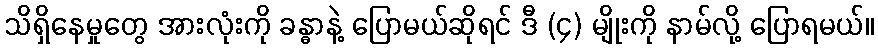
သိရှိနေမှုတွေ အားလုံးကို ခန္ဓာနဲ့ ပြောမယ်ဆိုရင် ဒီ (၄) မျိုးကို နာမ်လို့ ပြောရမယ်။